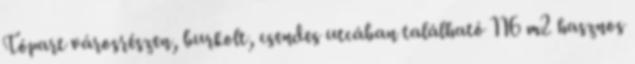
Tópart városrészen, burkolt, csendes utcában található 116 m2 hasznos